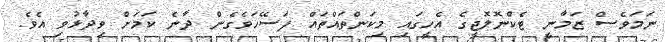
ނަަމަވެސް ޒަމާނީ ޓެކްނޮލޮޖީގެ އެހީގައި މިކަންތައްތައް ފަސޭހަވެގެން ދާނެ ކަމަށް ވިދާޅުވި އެވެ.